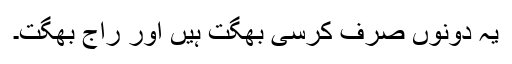
یہ دونوں صرف کُرسی بھگت ہیں اور راج بھگت۔